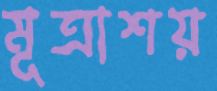
মূত্রাশয়